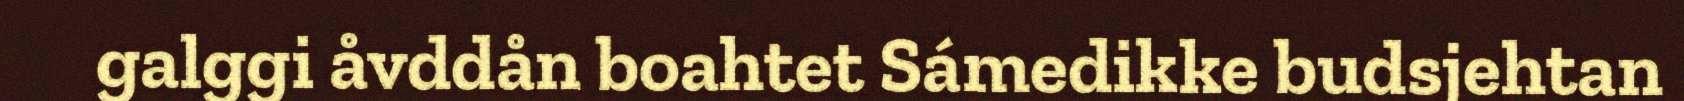
galggi åvddån boahtet Sámedikke budsjehtan